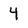
Character: 4